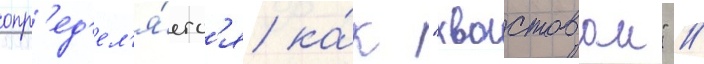
опр'ед'ел'я́етс'я ка́к "хвостовои" //